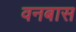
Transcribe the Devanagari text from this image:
वनबास